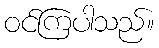
ဝင်ကြပါသည်။